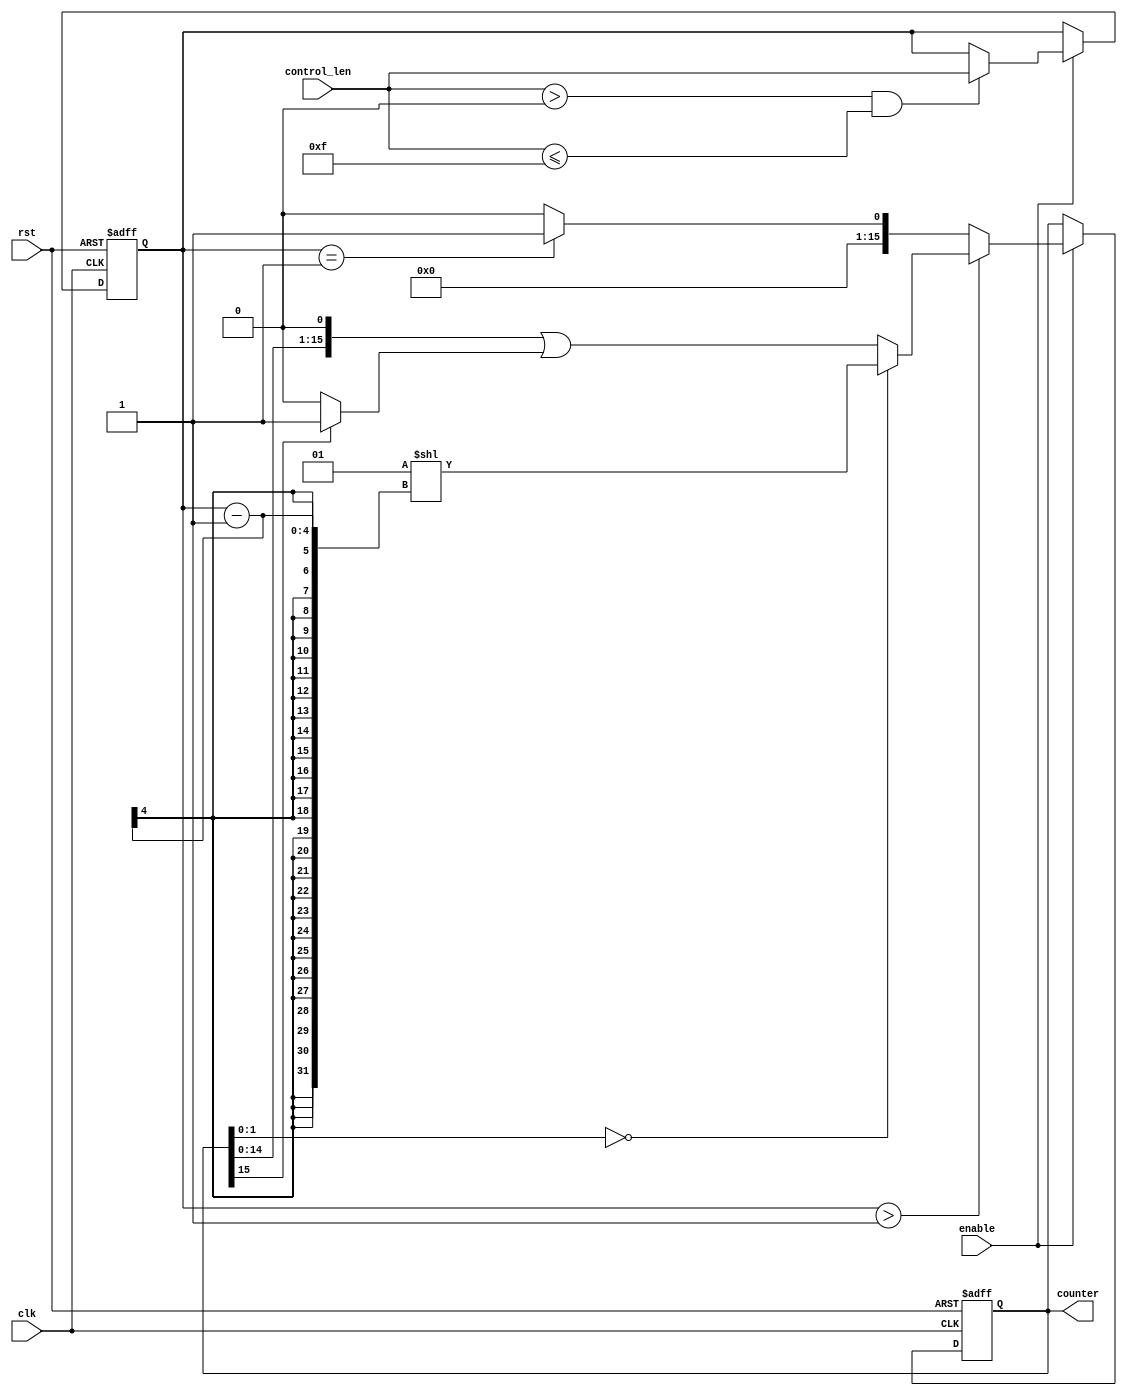
module variable_length_ring_counter (
    input wire clk,                // Clock signal
    input wire rst,                // Asynchronous reset
    input wire [3:0] control_len,  // Control input to set the length of the counter (max 15)
    input wire enable,             // Enable signal for counting
    output reg [15:0] counter      // Output state of the ring counter (max 16 bits)
);

    // Internal variable to store the current length of the counter
    reg [3:0] current_length;

    // Initialization of the counter
    always @(posedge clk or posedge rst) begin
        if (rst) begin
            // Reset the counter and initialize to the first flip-flop
            counter <= 16'b0000000000000001;
            current_length <= 4'b0001; // Default to 1 flip-flop active
        end else if (enable) begin
            // Update the current length based on the control input
            if (control_len > 4'b0000 && control_len <= 4'b1111) begin
                current_length <= control_len;
            end

            // Shift the active bit in the counter
            if (current_length > 1) begin
                // Calculate the next position of the active bit
                counter <= (counter << 1) | (counter[15] ? 1'b1 : 1'b0);
                // Wrap around to the start if we shift past the defined length
                if (counter[current_length - 1:0] == 0) begin
                    counter <= (1 << (current_length - 1));
                end
            end else if (current_length == 1) begin
                // If current length is 1, keep the first flip-flop active
                counter <= 16'b0000000000000001;
            end else begin
                // If current length is 0, all flip-flops should be 0
                counter <= 16'b0000000000000000;
            end
        end
    end

endmodule